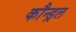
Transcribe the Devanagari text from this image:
कौन्ड्रल